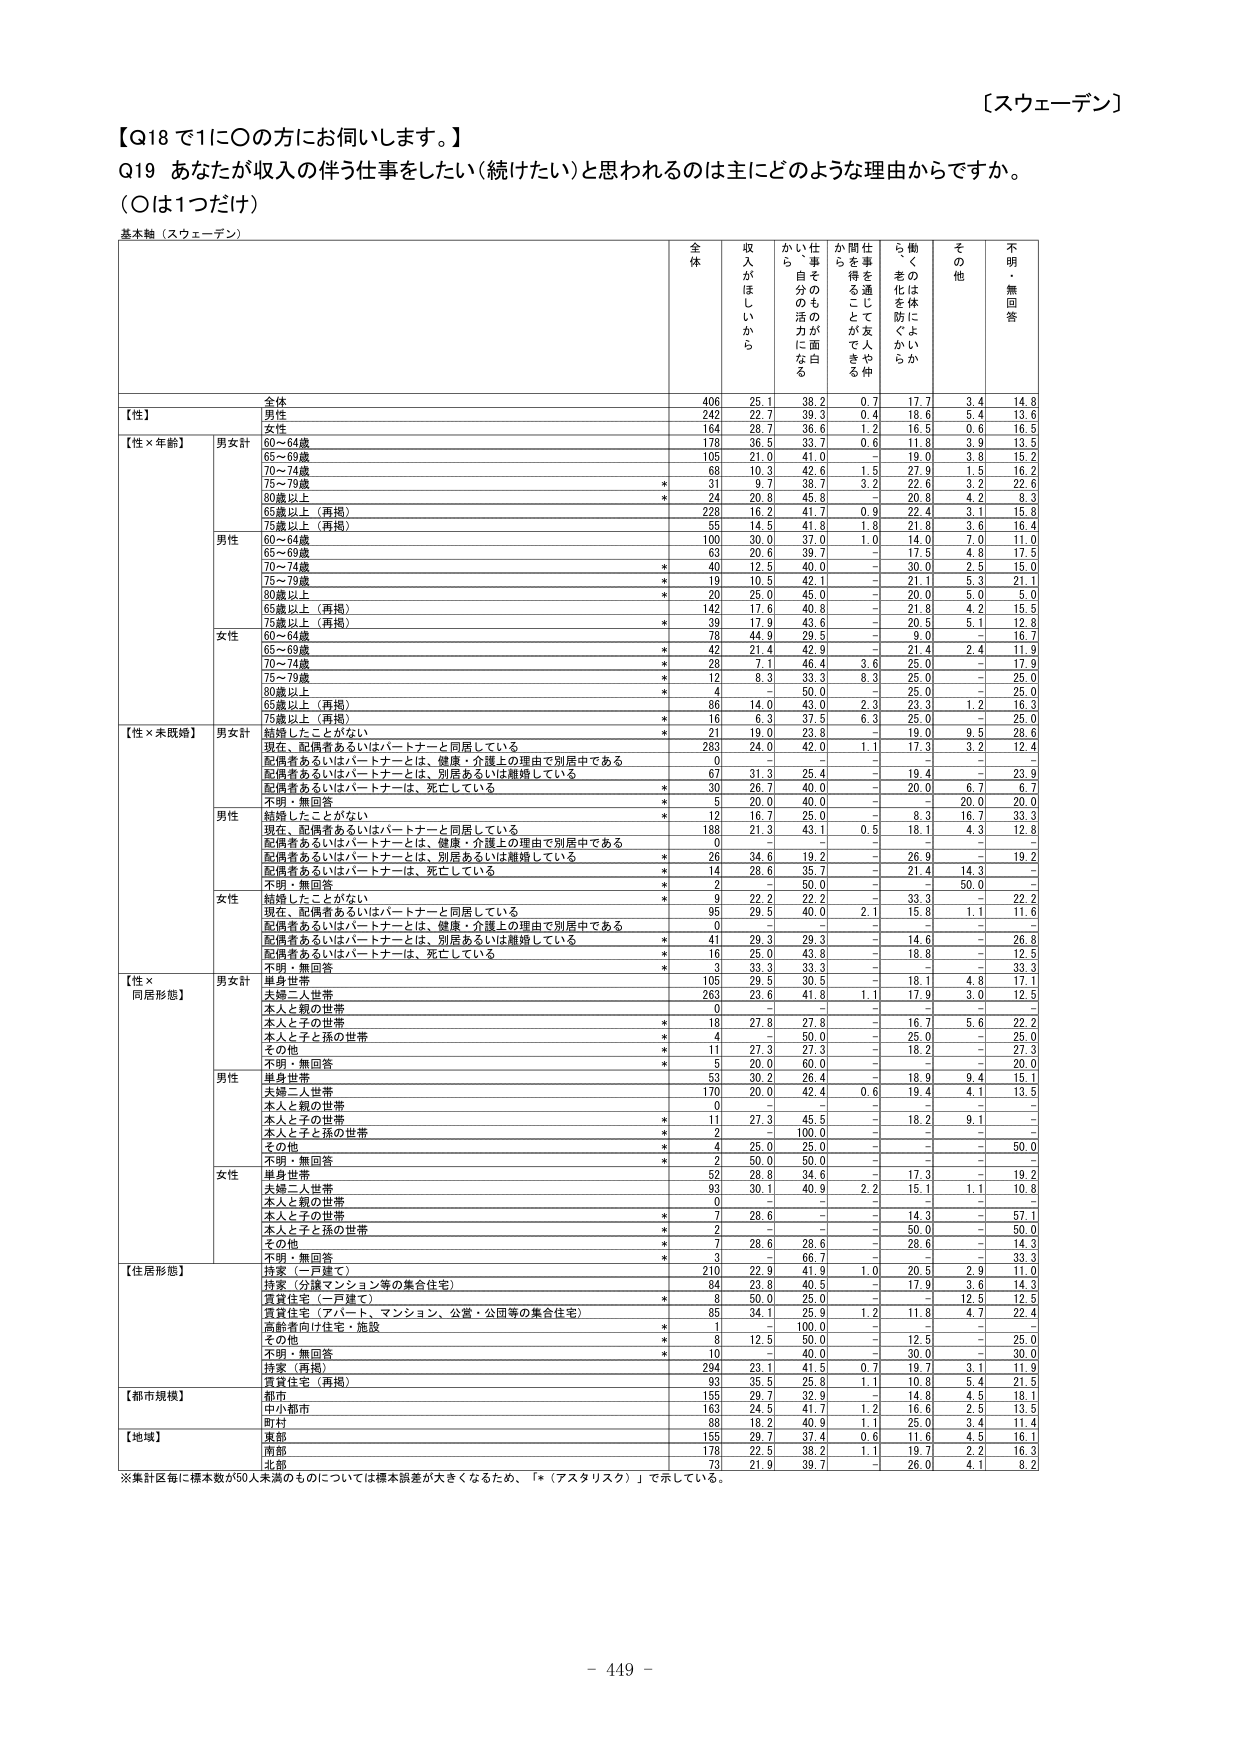
【スウェーデン】

【Q18で1に〇の方にお伺いします。】
Q19 あなたが収入の伴う仕事をしたい（続けたい）と思われるのは主にどのような理由からですか。
（〇は1つだけ）

基本軸（スウェーデン）

全体　収入がほしいから　仕事そのものが面白く、自分の活力になる　仕事を通じて友人や仲間を得ることができる　働く、老化を防ぐから　その他　不明・無回答

全体　406　25.1　38.2　0.7　17.7　3.4　14.8
【性】
　男性　242　22.7　39.3　0.4　18.6　5.4　13.6
　女性　164　28.7　36.6　1.2　16.5　0.6　16.5
【性×年齢】
　男女計
　　60～64歳　178　36.5　33.7　0.6　11.8　3.9　13.5
　　65～69歳　105　21.0　41.0　－　19.0　3.8　15.2
　　70～74歳　68　10.3　42.6　1.5　27.9　1.5　16.2
　　75～79歳　*　31　9.7　38.7　3.2　22.6　3.2　22.6
　　80歳以上　*　24　20.8　45.8　－　20.8　4.2　8.3
　　65歳以上（再掲）　228　16.2　41.7　0.9　22.4　3.1　15.8
　　75歳以上（再掲）　55　14.5　41.8　1.8　21.8　3.6　16.4
　男性
　　60～64歳　100　30.0　37.0　1.0　14.0　7.0　11.0
　　65～69歳　63　20.6　39.7　－　17.5　4.8　17.5
　　70～74歳　*　40　12.5　40.0　－　30.0　2.5　15.0
　　75～79歳　*　19　10.5　42.1　－　21.1　5.3　21.1
　　80歳以上　*　20　25.0　45.0　－　20.0　5.0　5.0
　　65歳以上（再掲）　142　17.6　40.8　－　21.8　4.2　15.5
　　75歳以上（再掲）　*　39　17.9　43.6　－　20.5　5.1　12.8
　女性
　　60～64歳　78　44.9　29.5　－　9.0　－　16.7
　　65～69歳　*　42　21.4　42.9　－　21.4　2.4　11.9
　　70～74歳　*　28　7.1　46.4　3.6　25.0　－　17.9
　　75～79歳　*　12　8.3　33.3　8.3　25.0　－　25.0
　　80歳以上　*　4　－　50.0　－　25.0　－　25.0
　　65歳以上（再掲）　*　86　14.0　43.0　2.3　23.3　1.2　16.3
　　75歳以上（再掲）　*　16　6.3　37.5　6.3　25.0　－　25.0
【性×未既婚】
　男女計
　　結婚したことがない　*　21　19.0　23.8　－　19.0　9.5　28.6
　　現在、配偶者あるいはパートナーと同居している　283　24.0　42.0　1.1　17.3　3.2　12.4
　　配偶者あるいはパートナーとは、健康・介護上の理由で別居中である　0　－　－　－　－　－　－
　　配偶者あるいはパートナーとは、別居あるいは離婚している　67　31.3　25.4　－　19.4　－　23.9
　　配偶者あるいはパートナーは、死亡している　*　30　26.7　40.0　－　20.0　6.7　6.7
　　不明・無回答　*　5　20.0　40.0　－　－　20.0　20.0
　男性
　　結婚したことがない　*　12　16.7　25.0　－　8.3　16.7　33.3
　　現在、配偶者あるいはパートナーと同居している　188　21.3　43.1　0.5　18.1　4.3　12.8
　　配偶者あるいはパートナーとは、健康・介護上の理由で別居中である　0　－　－　－　－　－　－
　　配偶者あるいはパートナーとは、別居あるいは離婚している　*　26　34.6　19.2　－　26.9　－　19.2
　　配偶者あるいはパートナーは、死亡している　*　14　28.6　35.7　－　21.4　14.3　－
　　不明・無回答　*　2　－　50.0　－　－　50.0　－
　女性
　　結婚したことがない　*　9　22.2　22.2　－　33.3　－　22.2
　　現在、配偶者あるいはパートナーと同居している　95　29.5　40.0　2.1　15.8　1.1　11.6
　　配偶者あるいはパートナーとは、健康・介護上の理由で別居中である　0　－　－　－　－　－　－
　　配偶者あるいはパートナーとは、別居あるいは離婚している　*　41　29.3　29.3　－　14.6　－　26.8
　　配偶者あるいはパートナーは、死亡している　*　16　25.0　43.8　－　18.8　－　12.5
　　不明・無回答　*　3　33.3　33.3　－　－　－　33.3
【性×同居形態】
　男女計
　　単身世帯　105　29.5　30.5　－　18.1　4.8　17.1
　　夫婦二人世帯　263　23.6　41.8　1.1　17.9　3.0　12.5
　　本人と親の世帯　0　－　－　－　－　－　－
　　本人と子の世帯　*　18　27.8　27.8　－　16.7　5.6　22.2
　　本人と子と孫の世帯　*　4　－　50.0　－　25.0　－　25.0
　　その他　*　11　27.3　27.3　－　18.2　－　27.3
　　不明・無回答　*　5　20.0　60.0　－　－　－　20.0
　男性
　　単身世帯　53　30.2　26.4　－　18.9　9.4　15.1
　　夫婦二人世帯　170　20.0　42.4　0.6　19.4　4.1　13.5
　　本人と親の世帯　0　－　－　－　－　－　－
　　本人と子の世帯　*　11　27.3　45.5　－　18.2　9.1　－
　　本人と子と孫の世帯　*　2　－　100.0　－　－　－　－
　　その他　*　4　25.0　25.0　－　－　－　50.0
　　不明・無回答　*　2　50.0　50.0　－　－　－　－
　女性
　　単身世帯　52　28.8　34.6　－　17.3　－　19.2
　　夫婦二人世帯　93　30.1　40.9　2.2　15.1　1.1　10.8
　　本人と親の世帯　0　－　－　－　－　－　－
　　本人と子の世帯　*　7　28.6　－　－　14.3　－　57.1
　　本人と子と孫の世帯　*　2　－　－　－　50.0　－　50.0
　　その他　*　7　28.6　28.6　－　28.6　－　14.3
　　不明・無回答　*　3　－　66.7　－　－　－　33.3
【住居形態】
　持家（一戸建て）　210　22.9　41.9　1.0　20.5　2.9　11.0
　　持家（分譲マンション等の集合住宅）　84　23.8　40.5　－　17.9　3.6　14.3
　　賃貸住宅（一戸建て）　*　8　50.0　25.0　－　－　12.5　12.5
　　賃貸住宅（アパート、マンション、公営・公団等の集合住宅）　85　34.1　25.9　1.2　11.8　4.7　22.4
　　高齢者向け住宅・施設　*　1　－　100.0　－　－　－　－
　　その他　*　8　12.5　50.0　－　12.5　－　25.0
　　不明・無回答　*　10　－　40.0　－　30.0　－　30.0
　持家（再掲）　294　23.1　41.5　0.7　19.7　3.1　11.9
　賃貸住宅（再掲）　93　35.5　25.8　1.1　10.8　5.4　21.5
【都市規模】
　都市　155　29.7　32.9　－　14.8　4.5　18.1
　中小都市　163　24.5　41.7　1.2　16.6　2.5　13.5
　町村　88　18.2　40.9　1.1　25.0　3.4　11.4
【地域】
　東部　155　29.7　37.4　0.6　11.6　4.5　16.1
　南部　178　22.5　38.2　1.1　19.7　2.2　16.3
　北部　73　21.9　39.7　－　26.0　4.1　8.2

※集計区毎に標本数が50人未満のものについては標本誤差が大きくなるため、「*（アスタリスク）」で示している。

- 449 -